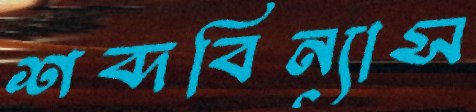
শব্দবিন্যাস